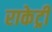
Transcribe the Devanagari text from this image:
राकेट्री